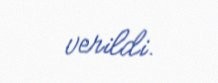
verildi.